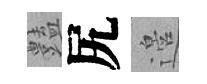
𧰟尻邉